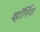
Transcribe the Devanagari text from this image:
व्हॉर्निश